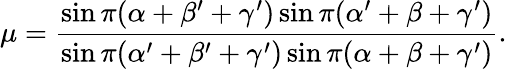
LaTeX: \mu={\frac{\sin\pi(\alpha+\beta^{\prime}+\gamma^{\prime})\sin\pi(\alpha^{\prime}+\beta+\gamma^{\prime})}{\sin\pi(\alpha^{\prime}+\beta^{\prime}+\gamma^{\prime})\sin\pi(\alpha+\beta+\gamma^{\prime})}}.